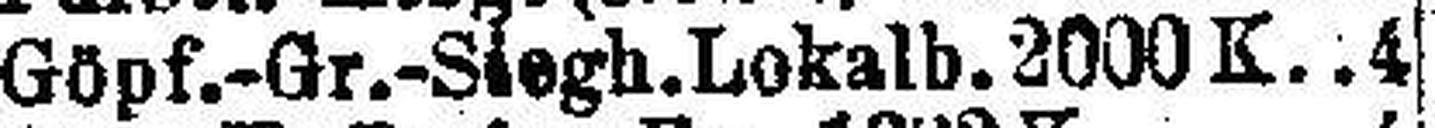
Göpf.-Gr.-Siegh. Lokalb. 2000 K 4